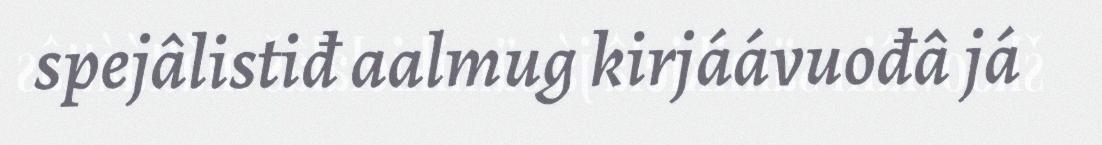
spejâlistiđ aalmug kirjáávuođâ já